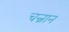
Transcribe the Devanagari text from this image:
चन्नान